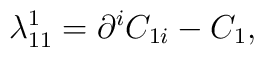
\lambda_{11}^{1}=\partial^{i}C_{1i}-C_{1} ,